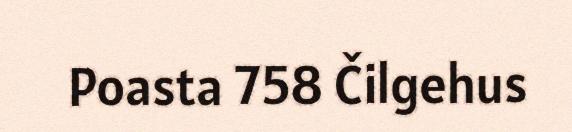
Poasta 758 Čilgehus